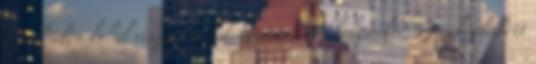
Rövid időn belül visszatereltek bennünket a helyünkre, s megkezdődött